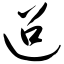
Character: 迢